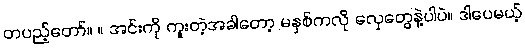
တပည့်တော်။ ။ အင်းကို ကူးတဲ့အခါတော့ မနှစ်ကလို လှေတွေနဲ့ပါပဲ။ ဒါပေမယ့်